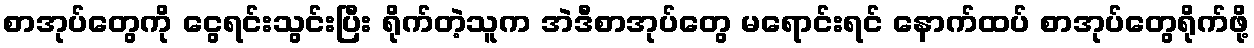
စာအုပ်တွေကို ငွေရင်းသွင်းပြီး ရိုက်တဲ့သူက အဲဒီစာအုပ်တွေ မရောင်းရင် နောက်ထပ် စာအုပ်တွေရိုက်ဖို့